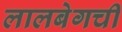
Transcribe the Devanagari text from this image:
लालबेगची